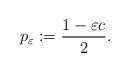
LaTeX: \begin{align*}p_\varepsilon:=\frac{1-\varepsilon c}{2}.\end{align*}